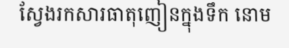
ស្វែងរកសារធាតុញៀនក្នុងទឹក នោម